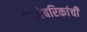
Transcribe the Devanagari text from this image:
कादंबरिकांची